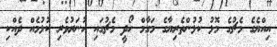
އިއްޔެގެ މެޗުގެ މޮޅު ކުޅުންތެރިޔާގެ މަގާމް ހޯދީ މެޗުގައި ހުނަރުވެރި ކުޅުމެއް ދެއްކި